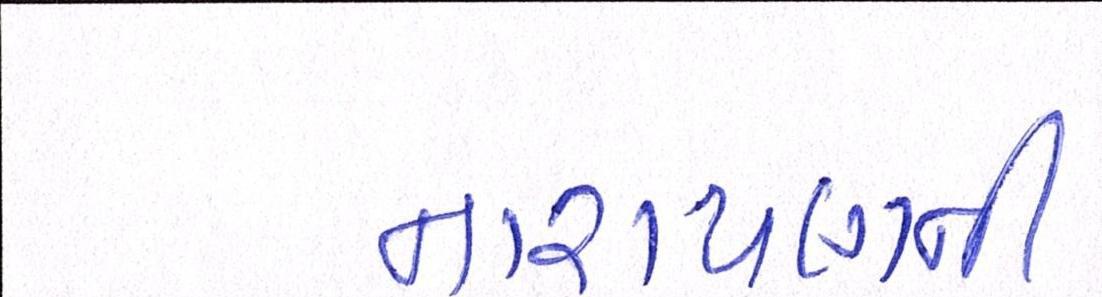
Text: નારાયણની